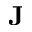
\textbf { J }